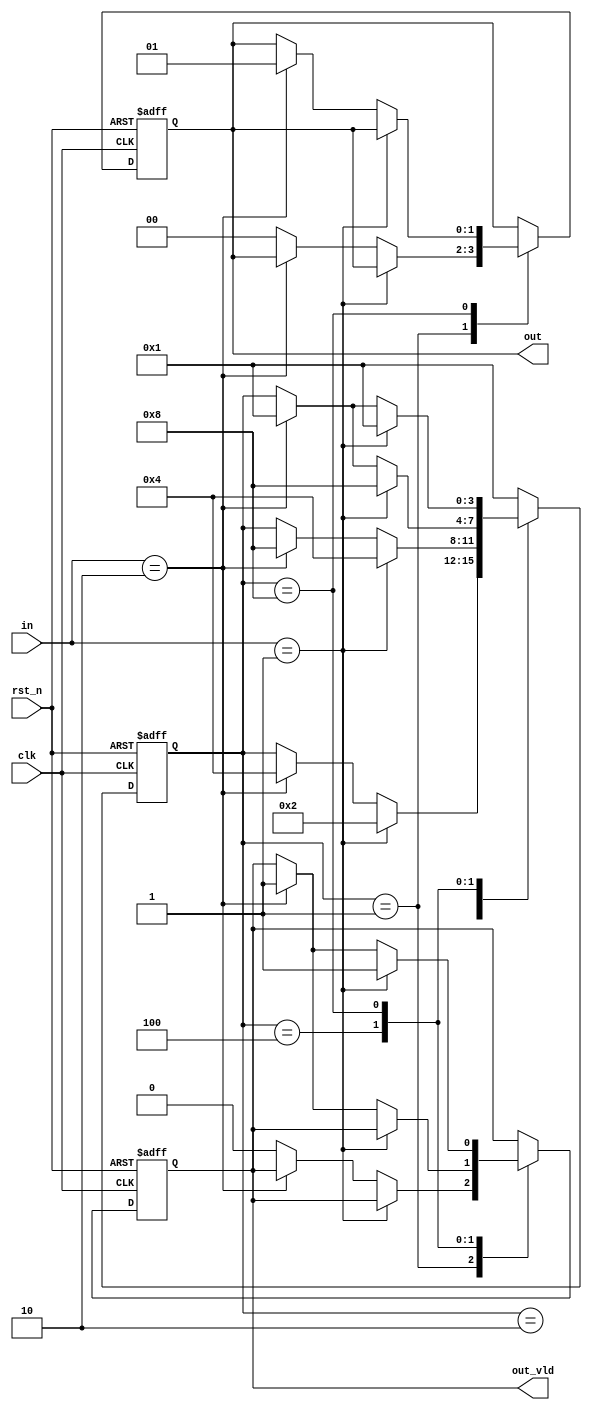
//======================================================================
// ---  : FSM_1
// ---  : xianyu_FPGA
// ---  : 2018-12-15
// ---  : 
//======================================================================

module FSM_3
//---------------------<>---------------------------------------
(
input                   clk                 ,
input                   rst_n               ,
input      [1:0]        in                  ,
output reg [1:0]        out                 ,
output reg              out_vld
);
//---------------------<>---------------------------------------
reg  [3:0]              state               ;
//---------------------<>-------------------------------------
localparam S0           = 4'b0001           ;
localparam S1           = 4'b0010           ;
localparam S2           = 4'b0100           ;
localparam S3           = 4'b1000           ;

//----------------------------------------------------------------------
//--   1
//----------------------------------------------------------------------
always@(posedge clk or negedge rst_n)begin
    if(!rst_n)begin
        state   <= S0;
        out     <= 0 ;
        out_vld <= 0 ;
    end
    else begin
        case(state)
            S0: begin
                if(in==1)begin
                    state   <= S1;
                end
                else if(in==2)begin
                    state   <= S2;
                end
                else begin
                    out     <= 0 ;
                    out_vld <= 0 ;
                end
            end
            S1: begin
                if(in==1)begin
                    state   <= S2;
                end
                else if(in==2)begin
                    state   <= S3;
                end
            end
            S2: begin
                if(in==1)begin
                    state   <= S3;
                end
                else if(in==2)begin
                    state   <= S0;
                    out_vld <= 1 ;
                end
            end
            S3: begin
                if(in==1)begin
                    state   <= S0;
                    out_vld <= 1 ;
                end
                else if(in==2)begin
                    state   <= S0;
                    out     <= 1 ;
                    out_vld <= 1 ;
                end
            end
            default:state   <= S0;
        endcase
    end
end



endmodule